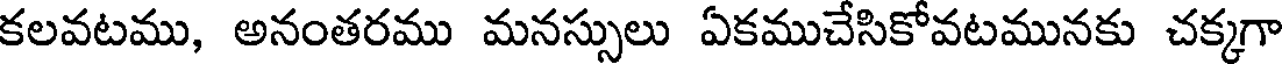
కలవటము, అనంతరము మనస్సులు ఏకముచేసికోవటమునకు చక్కగా